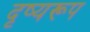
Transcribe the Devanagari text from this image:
दृष्यरूप